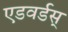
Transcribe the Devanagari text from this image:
एडवर्डस्‌